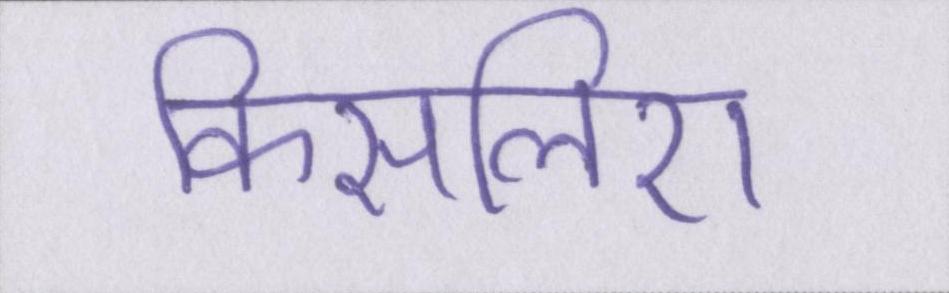
किसलिए